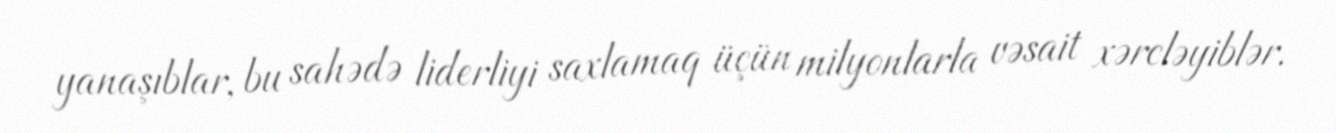
yanaşıblar, bu sahədə liderliyi saxlamaq üçün milyonlarla vəsait xərcləyiblər.